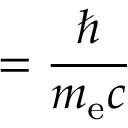
= { \frac { \hbar } { m _ { \mathrm { e } } c } }